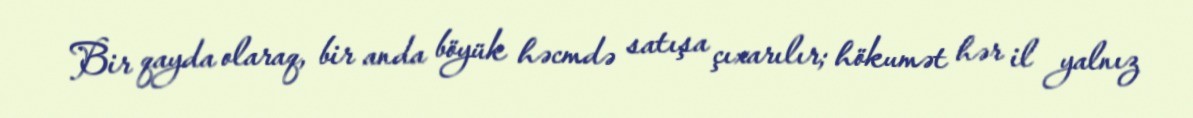
Bir qayda olaraq, bir anda böyük həcmdə satışa çıxarılır; hökumət hər il yalnız